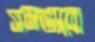
সমভাবে